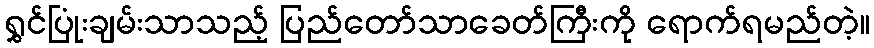
ရွှင်ပြုံးချမ်းသာသည့် ပြည်တော်သာခေတ်ကြီးကို ရောက်ရမည်တဲ့။